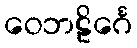
ဝေဘဠိင်္ဂေ